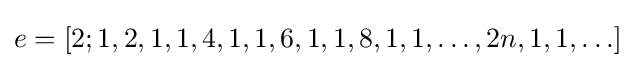
e=[2;1,2,1,1,4,1,1,6,1,1,8,1,1,\ldots ,2n,1,1,\ldots ]